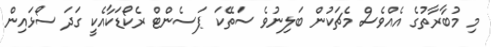
މި މުބާރާތުގެ އެއްވެސް މެޗަކުން ބަލިނުވެ ސަތޭކަ ޕަސެންޓް ރެކޯޑަކާއެކީ ގަދަ ސޯޅައިން